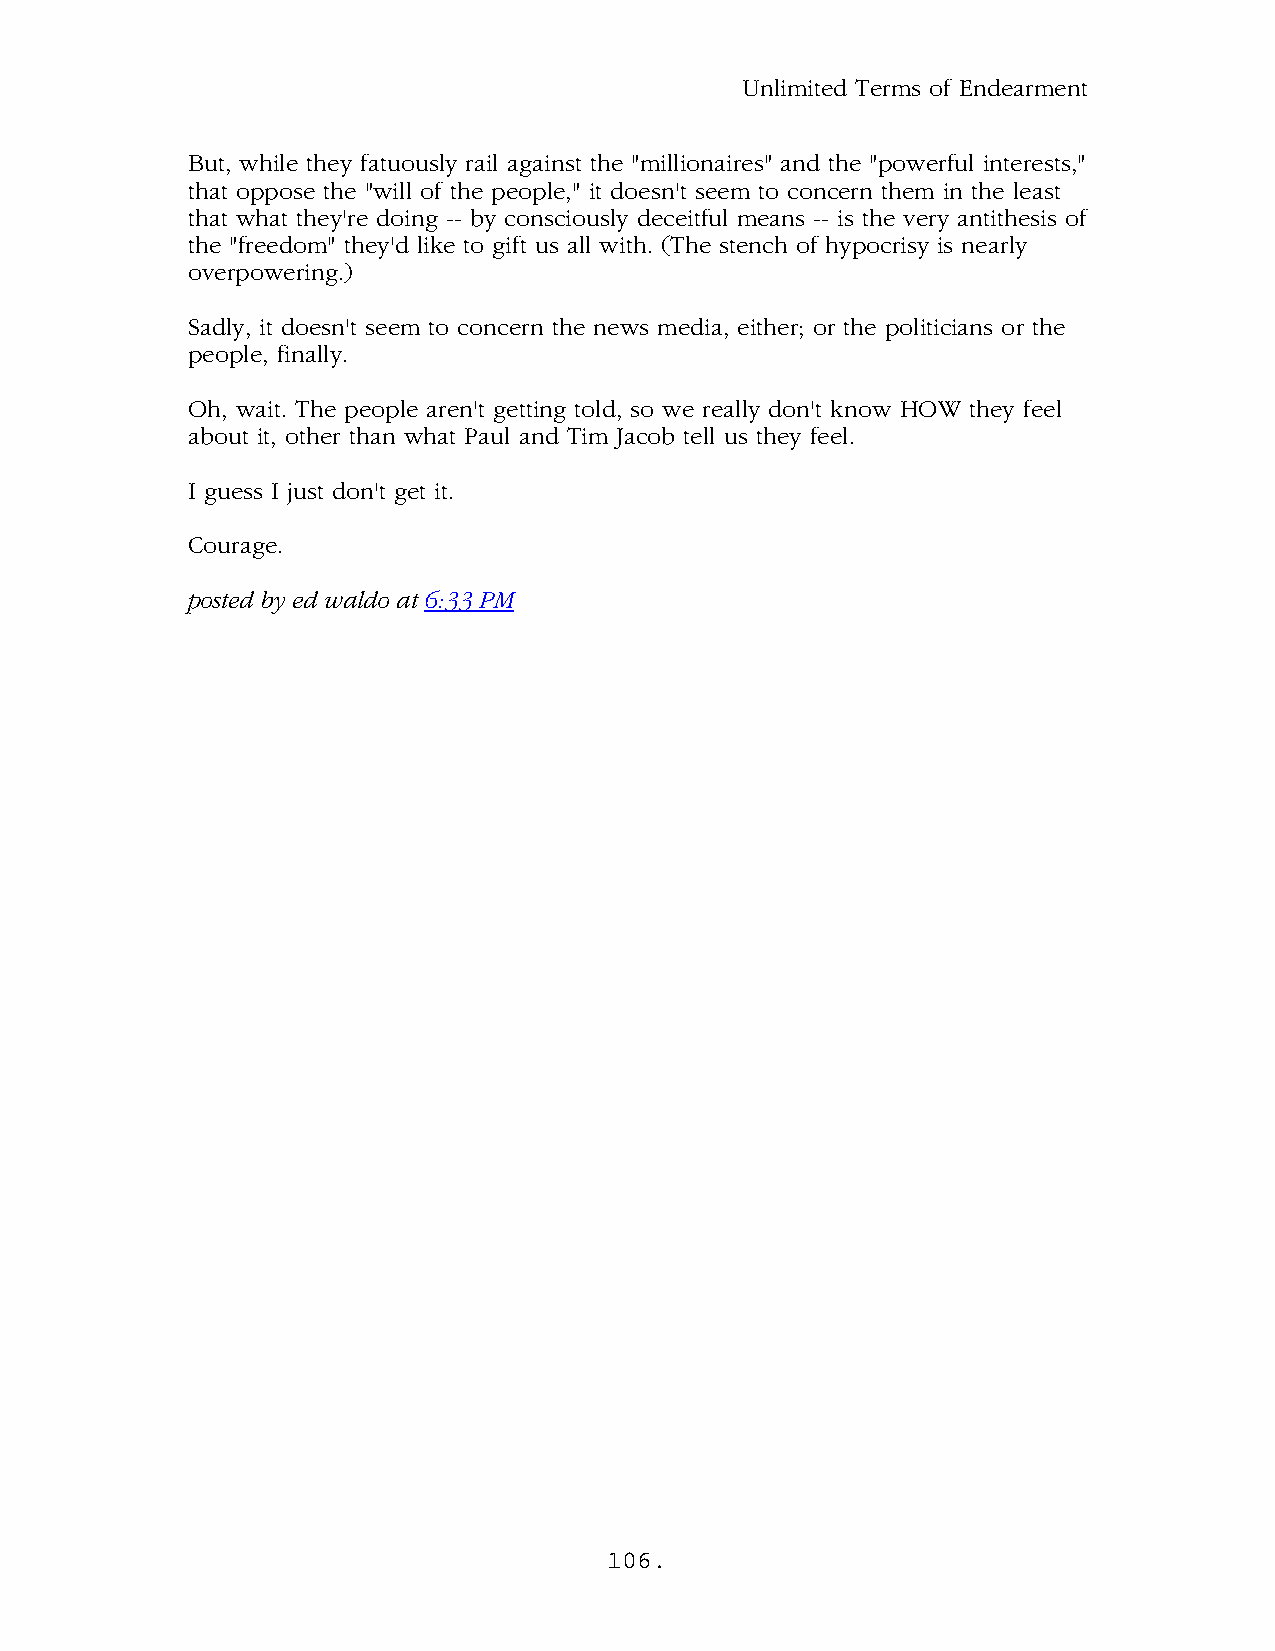
Unlimited Terms of Endearment
 But, while they fatuously rail against the "millionaires" and the "powerful interests,"
 that oppose the "will of the people," it doesn't seem to concern them in the least
 that what they're doing -- by consciously deceitful means -- is the very antithesis of
 the "freedom" they'd like to gift us all with. (The stench of hypocrisy is nearly
 overpowering.)
 Sadly, it doesn't seem to concern the news media, either; or the politicians or the
 people, finally.
 Oh, wait. The people aren't getting told, so we really don't know HOW they feel
 about it, other than what Paul and Tim Jacob tell us they feel.
 I guess I just don't get it.
 Courage.
 .
 posted by ed waldo at 6:33 PM
 106.